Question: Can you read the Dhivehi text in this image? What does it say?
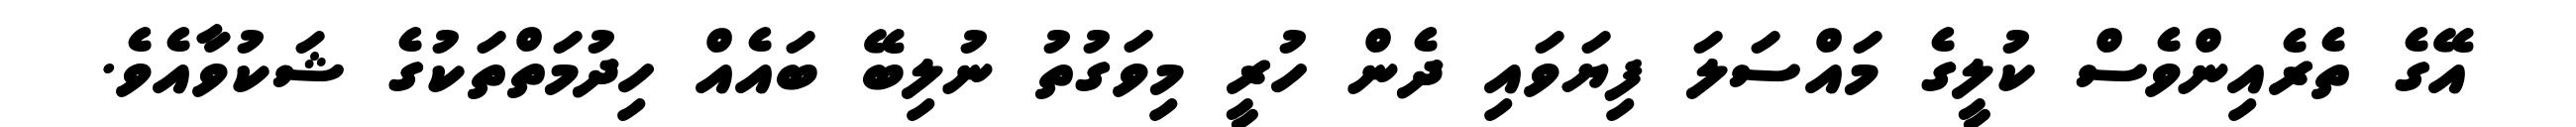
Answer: އޭގެ ތެރެއިންވެސް ކުލީގެ މައްސަލަ ފިޔަވައި ދެން ހުރީ މިވަގުތު ނުލިބޭ ބައެއް ހިދުމަތްތަކުގެ ޝަކުވާއެވެ.